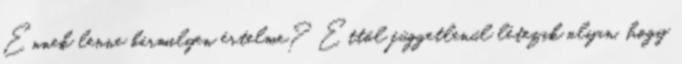
Ennek lenne bármilyen értelme? Ettől függetlenül létezik olyan, hogy